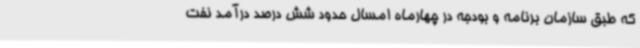
که طبق سازمان برنامه و بودجه در چهارماه امسال حدود شش درصد درآمد نفت